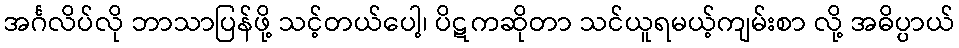
အင်္ဂလိပ်လို ဘာသာပြန်ဖို့ သင့်တယ်ပေါ့၊ ပိဋကဆိုတာ သင်ယူရမယ့်ကျမ်းစာ လို့ အဓိပ္ပာယ်